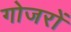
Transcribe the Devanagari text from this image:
गोजरों